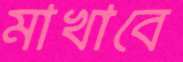
মাখাবে